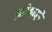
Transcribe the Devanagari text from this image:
झाडेझुडुपे